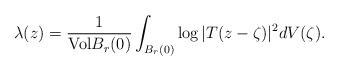
LaTeX: \begin{align*}\lambda(z) = \frac{1}{{\rm Vol} B_r(0)}\int _{B_r (0)} \log |T(z- \zeta)|^2 dV(\zeta).\end{align*}